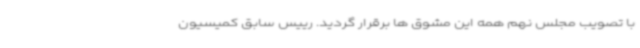
با تصویب مجلس نهم همه این مشوق ها برقرار گردید. رییس سابق کمیسیون